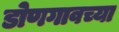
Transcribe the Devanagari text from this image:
डोणगावच्या